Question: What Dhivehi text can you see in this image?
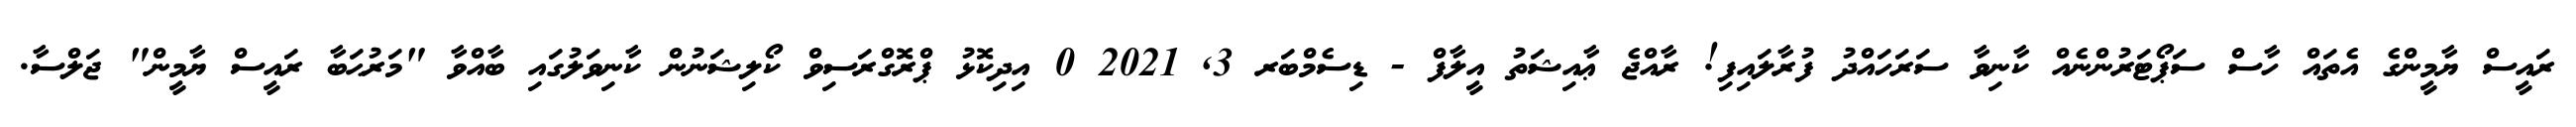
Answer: ރައީސް ޔާމީންގެ އެތައް ހާސް ސަޕޯޓަރުންނެއް ކާނިވާ ސަރަހައްދު ފުރާލައިފި! ރާއްޖެ ޢާއިޝަތު އީލާފް - ޑިސެމްބަރ 3, 2021 0 އިދިކޮޅު ޕްރޮގްރަސިވް ކޯލިޝަނުން ކާނިވަލުގައި ބާއްވާ "މަރުޙަބާ ރައީސް ޔާމީން" ޖަލްސާ.